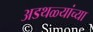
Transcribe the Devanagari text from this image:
अडथळ्यांच्या